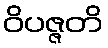
ဝိပဇ္ဇတိ